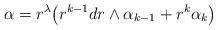
LaTeX: \begin{align*}\alpha = r^\lambda \bigl( r^{k-1}dr\wedge \alpha_{k-1} + r^k \alpha_k \bigr)\end{align*}